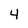
Character: 4